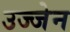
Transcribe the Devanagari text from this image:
उज्‍जेन